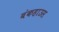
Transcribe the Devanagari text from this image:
बंकहाउस